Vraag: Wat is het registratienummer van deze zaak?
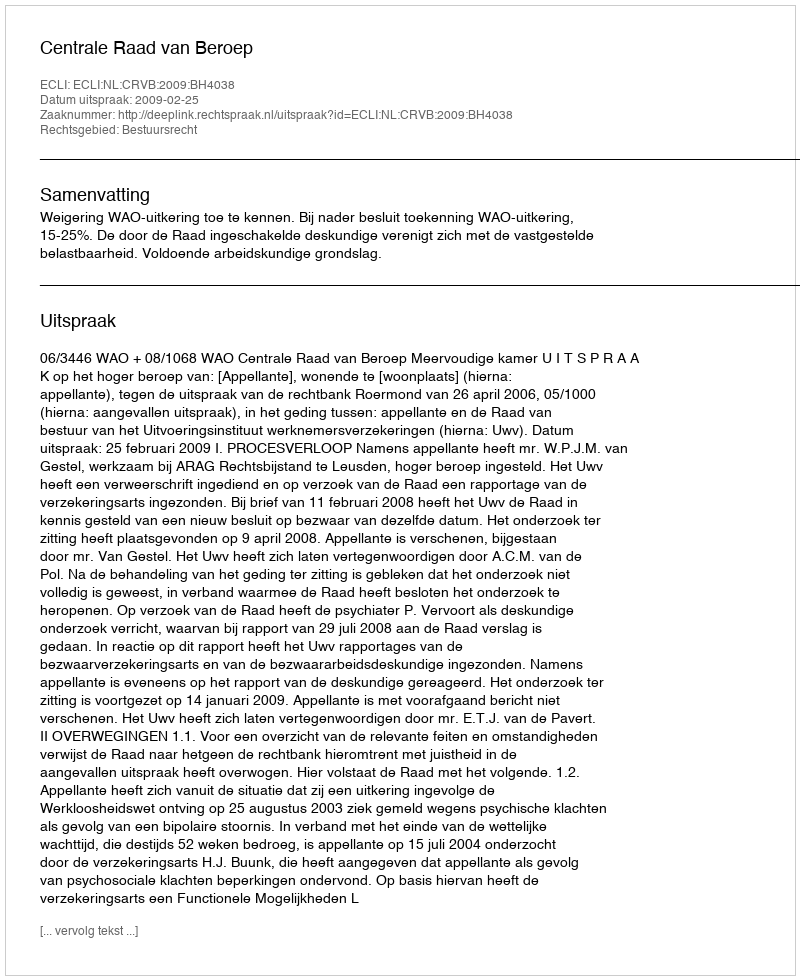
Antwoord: http://deeplink.rechtspraak.nl/uitspraak?id=ECLI:NL:CRVB:2009:BH4038